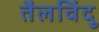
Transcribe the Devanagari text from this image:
तैलविंदु